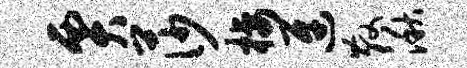
贾莎栖迓散湫